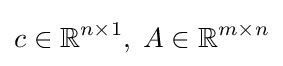
c\in \mathbb {R} ^{n\times 1},\;A\in \mathbb {R} ^{m\times n}